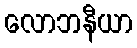
လောဘနီယာ